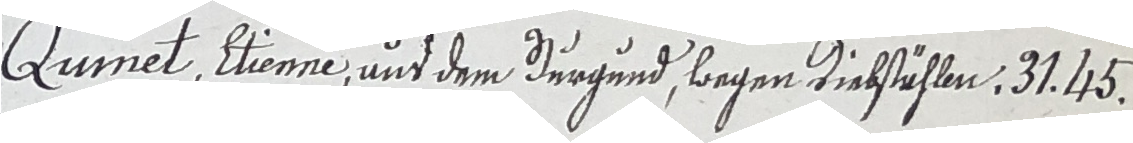
Dumel, ttienne, und dem Burgund, foegen Tielstählen, 31 45.